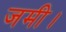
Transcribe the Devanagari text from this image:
जमी।